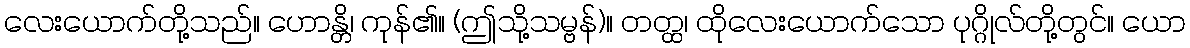
လေးယောက်တို့သည်။ ဟောန္တိ၊ ကုန်၏။ (ဤသို့သမ္ဗန်)။ တတ္ထ၊ ထိုလေးယောက်သော ပုဂ္ဂိုလ်တို့တွင်။ ယော